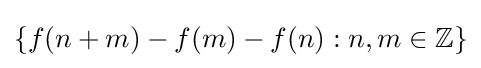
\{f(n+m)-f(m)-f(n):n,m\in \mathbb {Z} \}